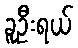
ခူဦးရယ်